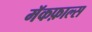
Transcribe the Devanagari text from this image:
मॅकफ़ाल्स